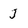
Character: J